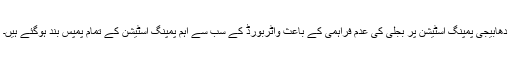
دھابیجی پمپنگ اسٹیشن پر بجلی کی عدم فراہمی کے باعث واٹربورڈ کے سب سے اہم پمپنگ اسٹیشن کے تمام پمپس بند ہوگئے ہیں۔